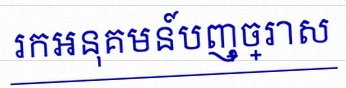
រកអនុគមន៍បញ្ច្រាស